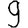
Digit: 9